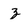
Character: z